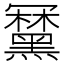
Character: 𪒍